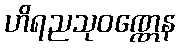
ဟိရညသုဝဏ္ဏေန